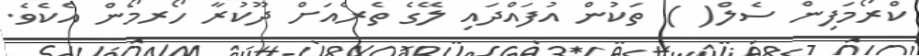
ކްރޯމަފިން ސެލް( ) ތަކުން އުފައްދައި ލޭގެ ތެރެއަށް ދޫކުރާ ހޯރމޯން އެކެވެ.